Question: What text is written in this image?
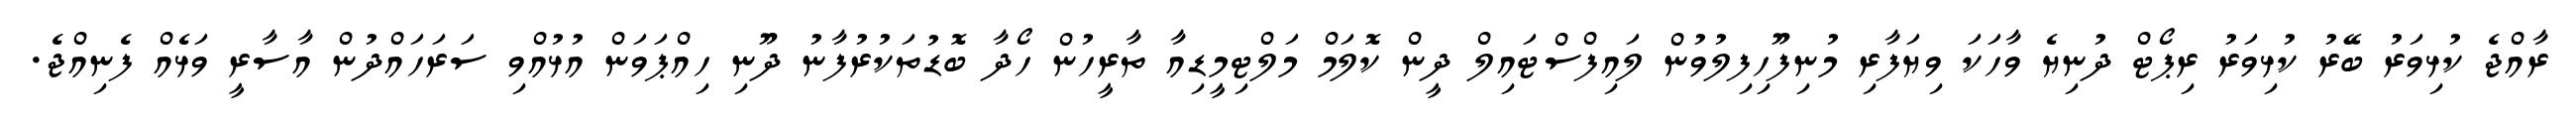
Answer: ރާއްޖެ ކުޅިވަރު ބޭރު ކުޅިވަރު ރިޕޯޓް ދުނިޔެ ވާހަކަ ވިޔަފާރި މުނިފޫހިފިލުވުން ލައިފްސްޓައިލް ދީން ކޮލަމް މަލްޓިމީޑިއާ ތާރީހުން ހޯދާ ބޮޑުތަކުރުފާނު ދޫނި ހިއްޕަވަން އުޅުއްވި ސަރަހައްދުން އާސާރީ ވަޅެއް ފެނިއްޖެ.